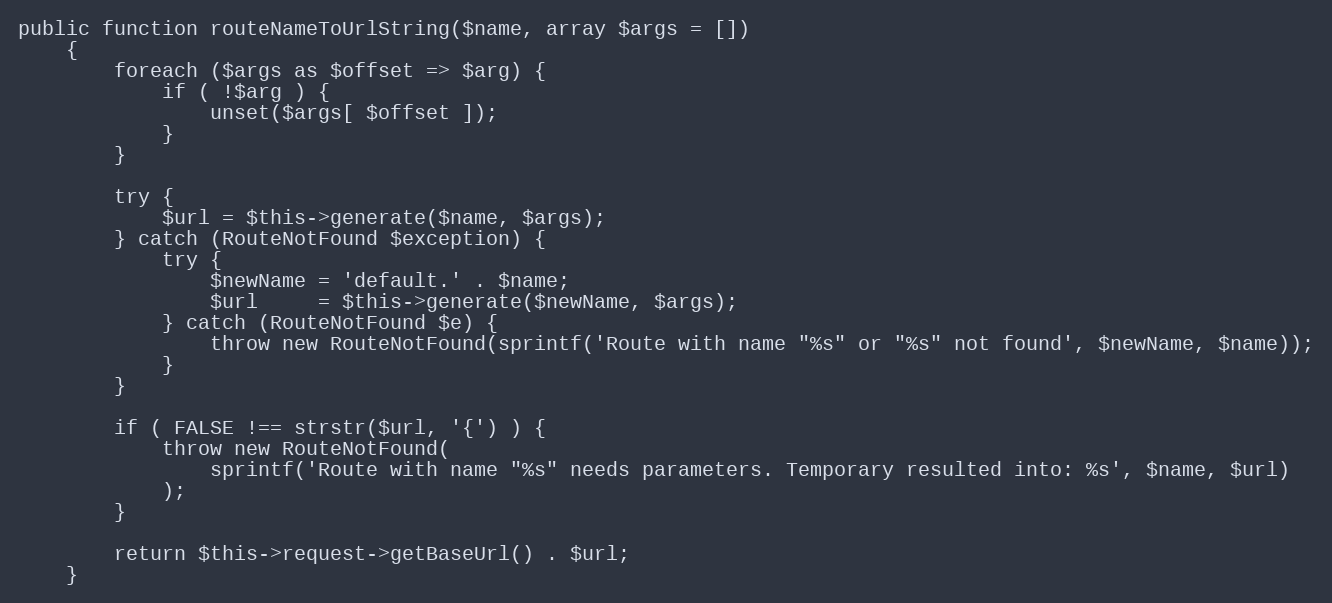
Language: PHP
public function routeNameToUrlString($name, array $args = [])
    {
        foreach ($args as $offset => $arg) {
            if ( !$arg ) {
                unset($args[ $offset ]);
            }
        }

        try {
            $url = $this->generate($name, $args);
        } catch (RouteNotFound $exception) {
            try {
                $newName = 'default.' . $name;
                $url     = $this->generate($newName, $args);
            } catch (RouteNotFound $e) {
                throw new RouteNotFound(sprintf('Route with name "%s" or "%s" not found', $newName, $name));
            }
        }

        if ( FALSE !== strstr($url, '{') ) {
            throw new RouteNotFound(
                sprintf('Route with name "%s" needs parameters. Temporary resulted into: %s', $name, $url)
            );
        }

        return $this->request->getBaseUrl() . $url;
    }